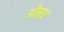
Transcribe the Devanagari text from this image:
औसध